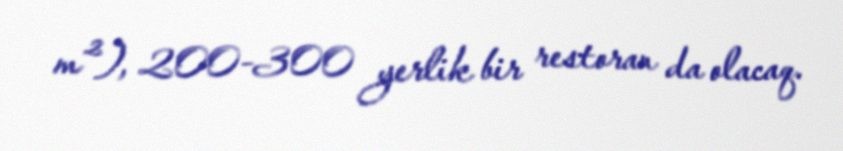
m²), 200-300 yerlik bir restoran da olacaq.